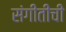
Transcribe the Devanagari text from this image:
संगीतीची